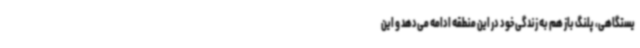
یستگاهی، پلنگ باز هم به زندگی خود در این منطقه ادامه می‌دهد و این